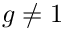
g \neq 1